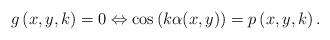
LaTeX: \begin{align*}g\left( x,y,k\right) =0\Leftrightarrow \cos \left( k\alpha(x,y) \right)=p\left( x,y,k\right) . \end{align*}